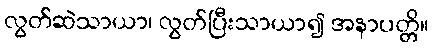
လွတ်ဆဲသာယာ၊ လွတ်ပြီးသာယာ၍ အနာပတ္တိ။